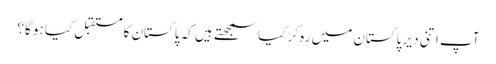
آپ اتنی دیر پاکستان میں رہ کر کیا سمجھتے ہیں کہ پاکستان کا مستقبل کیا ہو گا؟